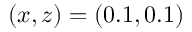
( x , z ) = ( 0 . 1 , 0 . 1 )